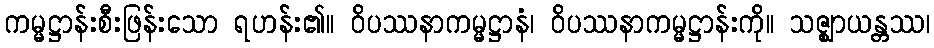
ကမ္မဋ္ဌာန်းစီးဖြန်းသော ရဟန်း၏။ ဝိပဿနာကမ္မဋ္ဌာနံ၊ ဝိပဿနာကမ္မဋ္ဌာန်းကို။ သဇ္ဈာယန္တဿ၊